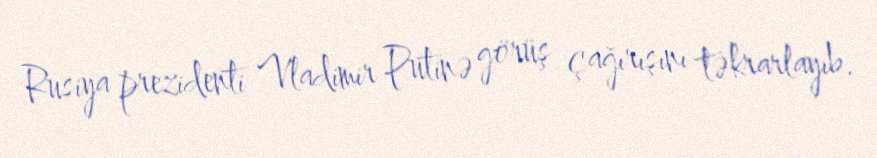
Rusiya prezidenti Vladimir Putinə görüş çağırışını təkrarlayıb.